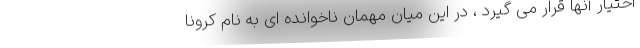
اختیار آنها قرار می گیرد ، در این میان مهمان ناخوانده ای به نام کرونا